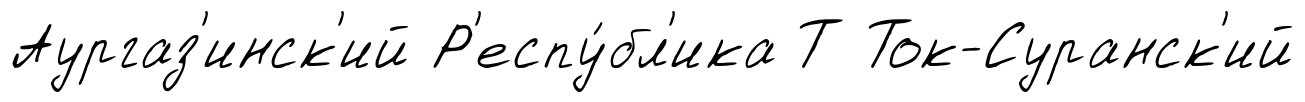
Аургаз'инск'ий Р'еспу́бл'ика Т Ток-Суранск'ий